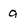
Character: a